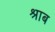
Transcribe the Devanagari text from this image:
श्राब